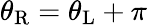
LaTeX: \theta_{\mathrm{R}}=\theta_{\mathrm{L}}+\pi